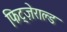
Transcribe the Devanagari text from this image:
फिट्ज़ेराल्ड